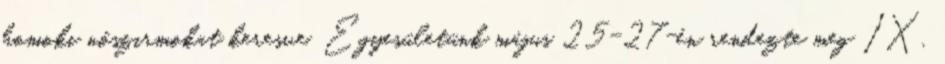
homoki nőszirmokat keresve. Egyesületünk május 25-27-én rendezte meg IX.